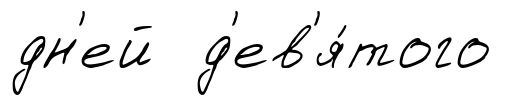
дн'ей д'ев'я́того